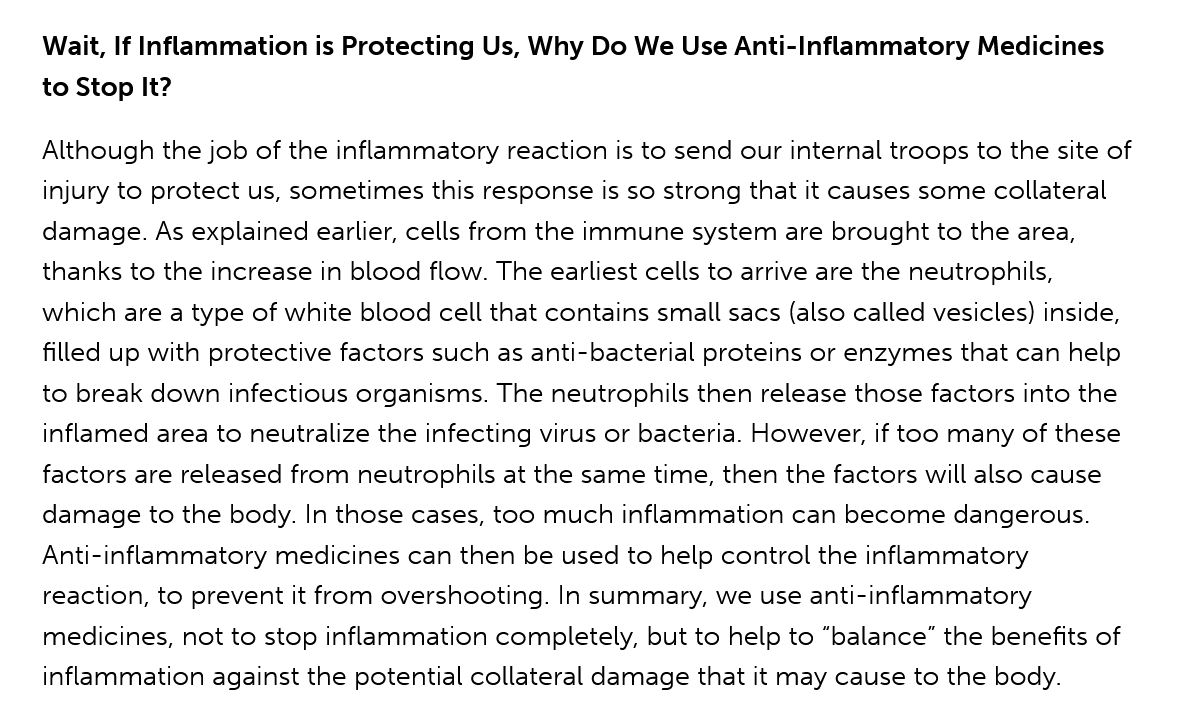
Wait, If Inflammation is Protecting Us, Why Do We Use Anti-Inflammatory Medicines
    to Stop It?
    Although the job of the inflammatory reaction is to send our internal troops to the site of
    injury to protect us, sometimes this response is so strong that it causes some collateral
    damage. As explained earlier, cells from the immune system are brought to the area,
    thanks to the increase in blood flow. The earliest cells to arrive are the neutrophils,
    which are a type of white blood cell that contains small sacs (also called vesicles) inside,
    filled up with protective factors such as anti-bacterial proteins or enzymes that can help
    to break down infectious organisms. The neutrophils then release those factors into the
    inflamed area to neutralize the infecting virus or bacteria. However, if too many of these
    factors are released from neutrophils at the same time, then the factors will also cause
    damage to the body. In those cases, too much inflammation can become dangerous.
    Anti-inflammatory medicines can then be used to help control the inflammatory
    reaction, to prevent it from overshooting. In summary, we use anti-inflammatory
    medicines, not to stop inflammation completely, but to help to “balance” the benefits of
    inflammation against the potential collateral damage that it may cause to the body.